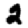
Digit: 2